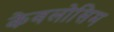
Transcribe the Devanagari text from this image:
केवलोसिम